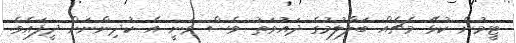
ޓީމުން ކުޅޭ މެޗެއް ބަލާލުމުގެ ދައުވަތު ވެސް ވަނީ އެ ކުދިންނަށް ދީފައެވެ.